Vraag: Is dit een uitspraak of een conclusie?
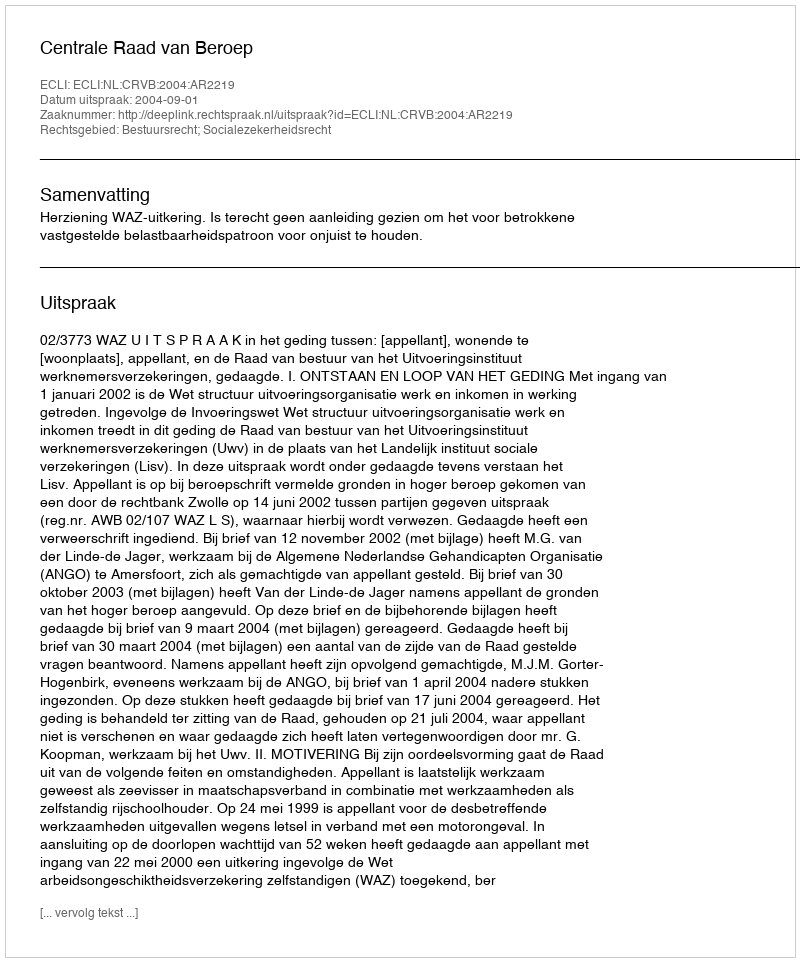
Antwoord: Uitspraak